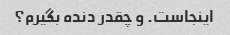
اینجاست. و چقدر دنده بگیرم؟